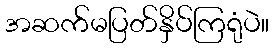
အဆက်မပြတ်နှိပ်ကြရုံပဲ။